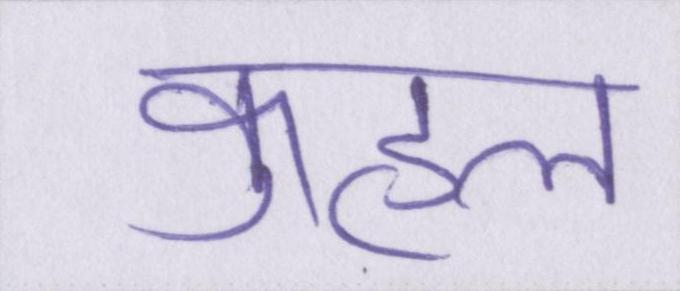
कुहल